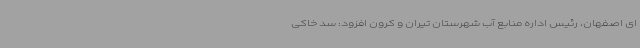
ای اصفهان، رئیس اداره منابع آب شهرستان تیران و کرون افزود: سد خاکی